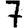
Digit: 7